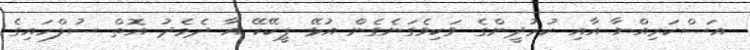
އަސްކަރިއްޔާ އާއި ކުރުދީންގެ ވަކިވެގަނެގެން އުޅޭ ޕީކޭކޭ އާ ދެމެދު އޮތް ސުލްހައިގެ